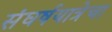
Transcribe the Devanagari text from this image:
संघर्षयात्रेचा